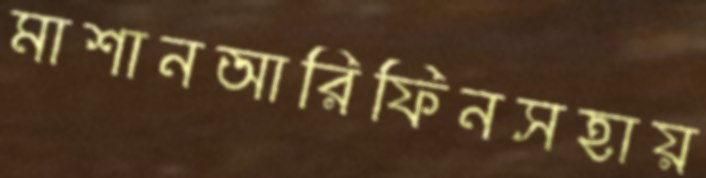
মাশানআরিফিনসহায়